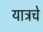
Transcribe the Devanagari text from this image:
यात्रचे